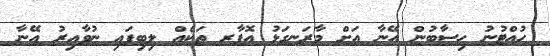
ހުއްޓުނު ހިސާބުން އޭނާ އަށް މާރަނގަޅު އޮފާރ ތަކެއް ލިބިފައި ނުވާއިރު އޭނާ